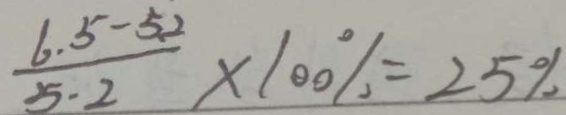
\frac { 6 . 5 - 5 . 2 } { 5 . 2 } \times 1 0 0 \% = 2 5 \%